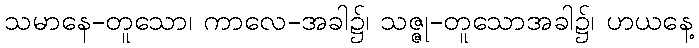
သမာနေ-တူသော၊ ကာလေ-အခါ၌၊ သဇ္ဇု-တူသောအခါ၌၊ ဟယနေ့